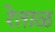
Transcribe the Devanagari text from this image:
रेताळ